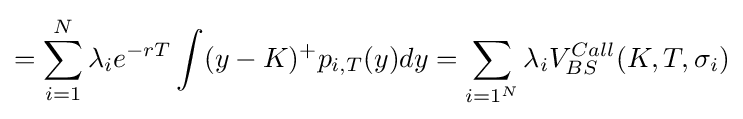
=\sum _{i=1}^{N}\lambda _{i}e^{-rT}\int (y-K)^{+}p_{i,T}(y)dy=\sum _{{i=1}^{N}}{\lambda _{i}}V_{BS}^{Call}(K,T,{\sigma _{i}})